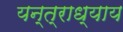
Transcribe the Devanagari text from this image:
यन्त्राध्याय